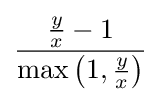
{\frac {{\frac {y}{x}}-1}{\max \left(1,{\frac {y}{x}}\right)}}